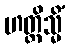
ဟတ္ထိသ္မိံ